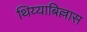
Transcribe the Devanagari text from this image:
थिय्याबिल्लास